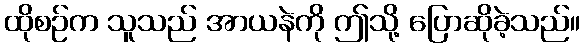
ထိုစဉ်က သူသည် အာယနဲကို ဤသို့ ပြောဆိုခဲ့သည်။